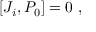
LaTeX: [ J _ { i } , P _ { 0 } ] = 0 ~ ,